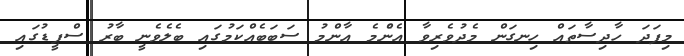
މިފަދަ ހާދިސާތައް ހިނގަން މެދުވެރިވާ އެންެމެ އާންމު ސަބަބެއްކަމުގައި ބެލެވެނީ ބާރު ސްޕީޑުގައި